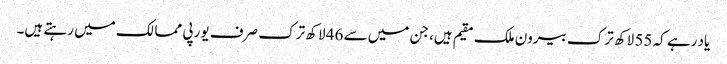
یاد رہے کہ 55 لاکھ ترک بیرون ملک مقیم ہیں، جن میں سے 46 لاکھ ترک صرف یورپی ممالک میں رہتے ہیں۔